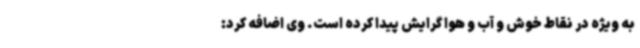
به‌ ویژه در نقاط خوش و آب ‌و هوا گرایش پیدا کرده است. وی اضافه کرد: